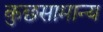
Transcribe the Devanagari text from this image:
कुछसामान्य